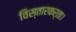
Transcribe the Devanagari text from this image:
विस्तारकर्ता।